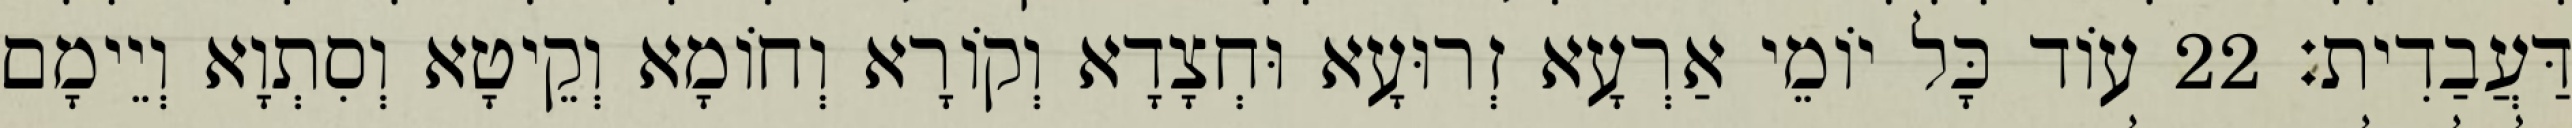
דַּעֲבַדִית׃ 22 עוֹד כָּל יוֹמֵי אַרְעָא זְרוּעָא וּחְצָדָא וְקוֹרָא וְחוֹמָא וְקֵיטָא וְסִתְוָא וְיֵימָם